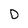
Character: D